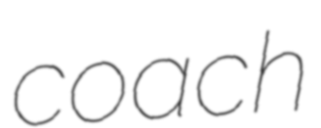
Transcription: coach